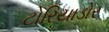
ટોરિયાડોર